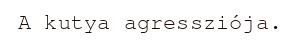
A kutya agressziója.